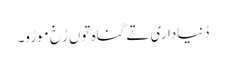
دُنیاداری تے گناہ توں رُخ موڑو۔